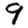
Digit: 9